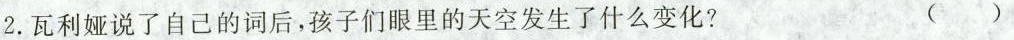
2.瓦利娅说了自己的词后，孩子们眼里的天空发生了什么变化? ()